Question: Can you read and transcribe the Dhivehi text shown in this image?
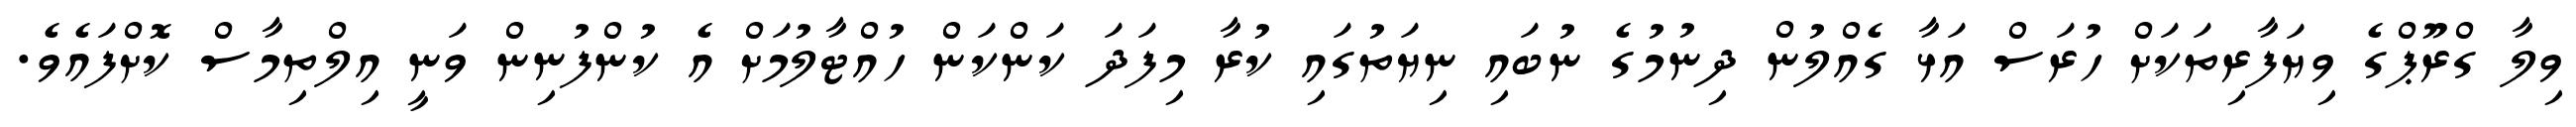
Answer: ވިލާ ގްރޫޕްގެ ވިޔަފާރިތަކަށް ހުރަސް އަޅާ ގެއްލުން ދިނުމުގެ ނުބައި ނިޔަތުގައި ކުރާ މިފަދަ ކަންކަން ހުއްޓާލުމަށް އެ ކުންފުނިން ވަނީ އިލްތިމާސް ކޮށްފައެވެ.